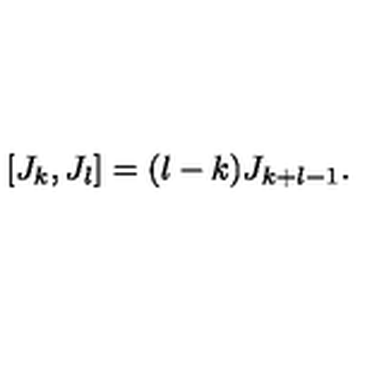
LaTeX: [ J _ { k } , J _ { l } ] = ( l - k ) J _ { k + l - 1 } .